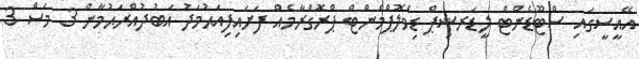
އޭއީސީގައި ސްޓޫޑެންޓް ލީޑަރޝިޕް ޑިވެލޮޕްމެންޓް ޕްރޮގްރާމެއް ފަށައިފިއަޙުމަދު އަބުދުއްރަޙުމާން 3 މަސް 3